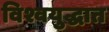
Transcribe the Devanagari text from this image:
विश्वयुद्धात